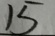
1 5